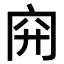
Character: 𥤬